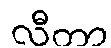
လီတာ